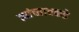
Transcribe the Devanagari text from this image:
त्यांच्याचकडे